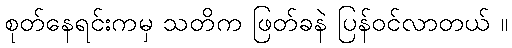
စုတ်နေရင်းကမှ သတိက ဖြတ်ခနဲ ပြန်ဝင်လာတယ် ။